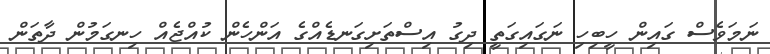
ނަމަވެސް ގައިން ހީބިހި ނަގައިގަތީ ދިގު އިސްތަށިގަނޑެއްގެ އަންހެން ކުއްޖެއް ހިނގަމުން ދާތަން